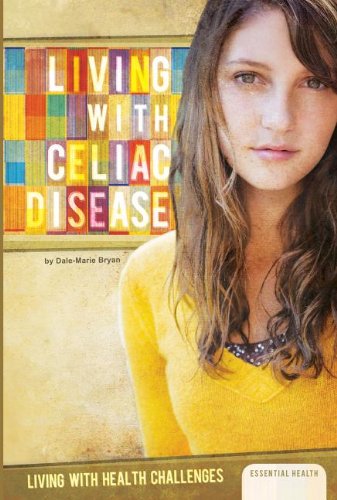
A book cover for Living with Celiac Disease (Living with Health Challenges (Abdo)); Dale-Marie Bryan; Teen & Young Adult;